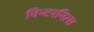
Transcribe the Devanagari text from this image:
विन्टरनित्स